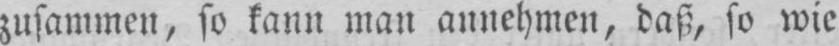
zusammen, so kann man annehmen, daß, so wie